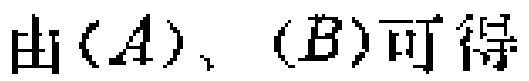
由\((A)\)、\((B)\)可得